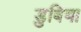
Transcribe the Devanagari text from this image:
डुबिया